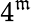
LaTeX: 4^{\mathfrak{m}}